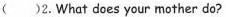
( )2.What does your mother do?